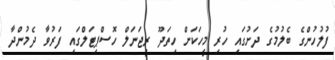
ފުލުހުންގެ ބެލުމުގެ ދަށުގައި ހުރި މީހަކަށް ހިތަދޫ ރީޖަނަލް ހޮސްޕިޓަލްގައި ފަރުވާ ދެމުންދާ